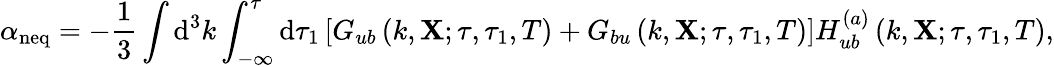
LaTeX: \alpha_{\mathrm{neq}}=-\frac{1}{3}\int\mathrm{d}^{3}k\int_{-\infty}^{\tau}\mathrm{d}\tau_{1}\left[G_{ub}\left(k,\mathbf{X};\tau,\tau_{1},T\right)+G_{bu}\left(k,\mathbf{X};\tau,\tau_{1},T\right)\right]H_{ub}^{(a)}\left(k,\mathbf{X};\tau,\tau_{1},T\right),